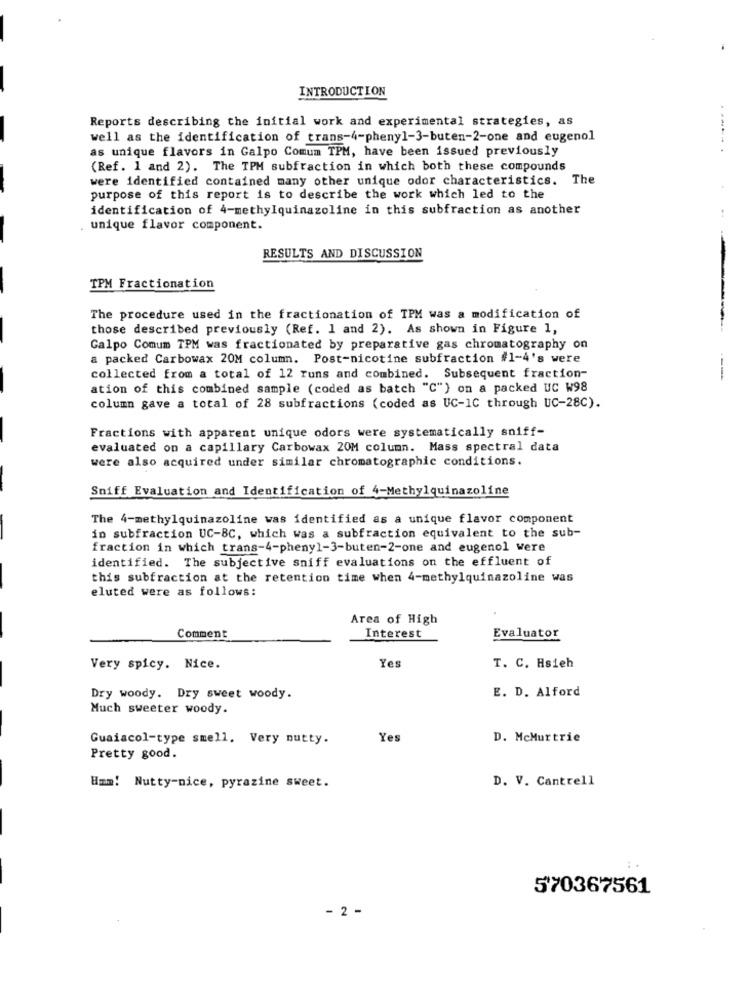
INTRODUCTION
Reports describing the initial work and experimental strategies, as
well as the identification of trans-4-phenyl-3-buten-2-one and eugenol
as unique flavors in Galpo Comum TPM, have been issued previously
(Ref. 1 and 2). The TPM subfraction in which both these compounds
were identified contained many other unique odor characteristics. The
purpose of this report is to describe the work which led to the
identification of 4-methylquinazoline in this subfraction as another
. unique flavor component.
RESULTS AND DISCUSSION
TPM Fractionation
The procedure used in the fractionation of TPM was a modification of
those described previously (Ref. 1 and 2). As shown in Figure 1,
---
Calpo Comum TPM was fractionated by preparative gas chromatography on
a packed Carbowax 20M column. Post-nicotine subfraction #1-4's were
collected from a total of 12 runs and combined. Subsequent fraction-
ation of this combined sample (coded as batch "C") on a packed UC W98
column gave a total of 28 subfractions (coded as UC-1C through UC-28C).
Fractions with apparent unique odors were systematically sniff-
evaluated on a capillary Carbowax 20M column. Mass spectral data
were also acquired under similar chromatographic conditions.
Sniff Evaluation and Identification of 4-Methylquinazoline
The 4-methylquinazoline was identified as a unique flavor component
in subfraction UC-BC, which was a subfraction equivalent to the sub-
fraction in which trans-4-phenyl-3-buten-2-one and eugenol were
identified. The subjective sniff evaluations on the effluent of
this subfraction at the retention time when 4-methylquinazoline was
eluted were as follows:
Area of High
Comment
Interest
Evaluator
Yes
Very spicy. Nice.
T. C. Hsieh
E. D. Alford
Dry woody. Dry sweet woody.
Much sweeter woody.
Guaiacol-type smell. Very nutty.
Yes
D. McMurtrie
Pretty good.
D. V. Cantrell
Hmm! Nutty-nice, pyrazine sweet.
570367561
- 2 -